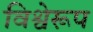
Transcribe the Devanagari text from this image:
विश्वेरूप